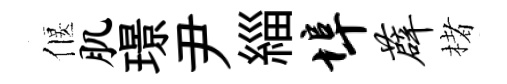
偃肌璟尹緇埠薜楮